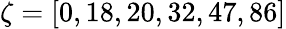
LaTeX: \zeta=[0,18,20,32,47,86]